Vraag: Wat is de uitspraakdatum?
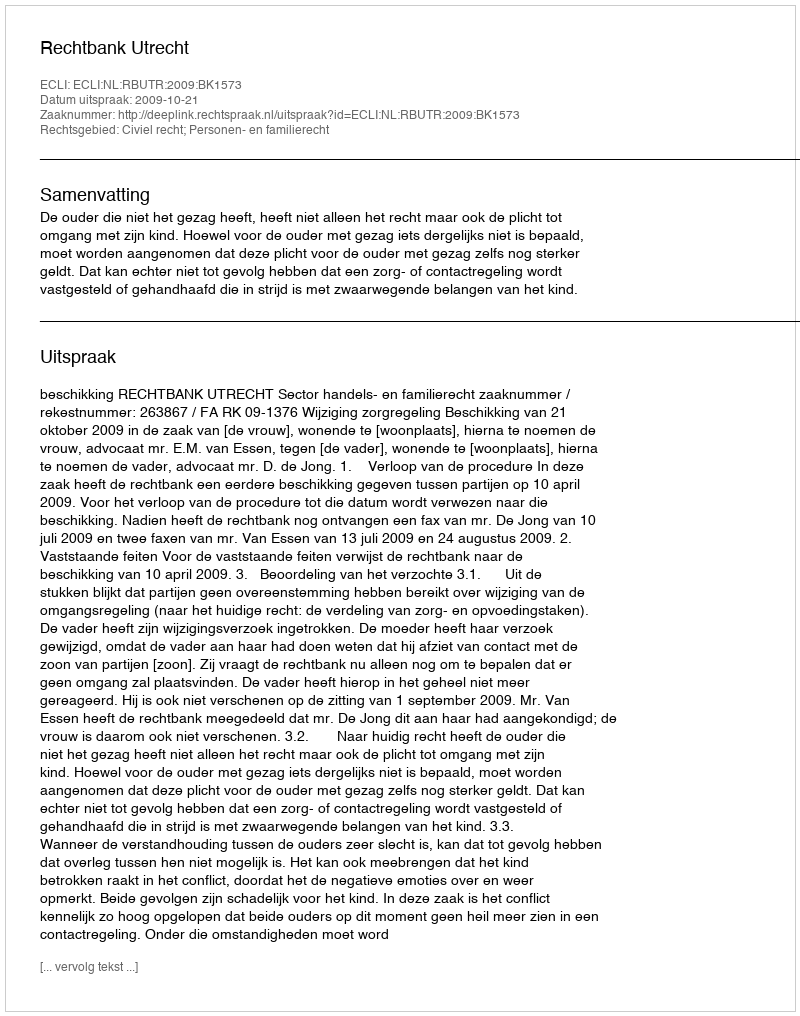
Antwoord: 2009-10-21